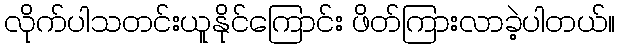
လိုက်ပါသတင်းယူနိုင်ကြောင်း ဖိတ်ကြားလာခဲ့ပါတယ်။